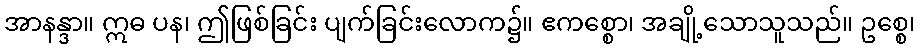
အာနန္ဒာ။ ဣဓ ပန၊ ဤဖြစ်ခြင်း ပျက်ခြင်းလောက၌။ ဧကစ္စော၊ အချို့သောသူသည်။ ဥစ္စေ၊